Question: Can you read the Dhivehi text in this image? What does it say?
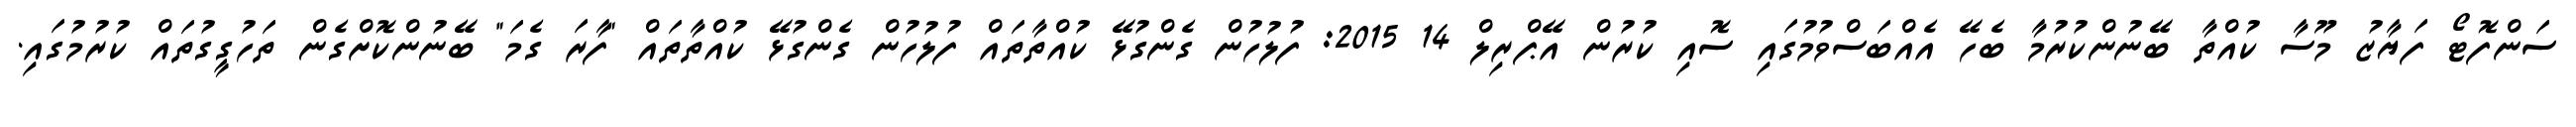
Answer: ސަންފޮޓޯ ފަޔާޒު މޫސާ ކުއްތާ ބޭނުންކުރުމާ ބެހޭ އެއްބަސްވުމުގައި ސޮއި ކުރުން އޭޕްރިލް 14 2015: ފުލުހުން ގެންގުޅޭ ކުއްތާތައް ފުލުހުން ގެންގުޅޭ ކުއްތާތައް "ފާރަ ގެމަ" ބޭނުންކޮށްގެން ތަހުގީގުތައް ކުރުމުގައި.